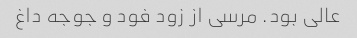
عالی بود. مرسی از زود فود و جوجه داغ